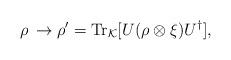
LaTeX: \begin{align*}\rho \, \rightarrow \rho' = \mathrm{Tr}_{\mathcal{K}}[U(\rho \otimes \xi)U^{\dagger}],\end{align*}